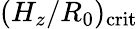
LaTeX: (H_{z}/R_{0})_{\mathrm{crit}}